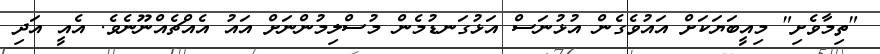
"ތިމާވެށި" މިއީބަޔަކަށް އައުވެގެން އުޅުނަސް އަޅުގަނޑުމެން މުސްލިމުންނަށް އައު އެއްޗެއްނޫނެވެ. އެއީ އަދި